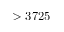
> 3 7 2 5